Source: Handwritten
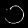
Digit: ၁ (1)